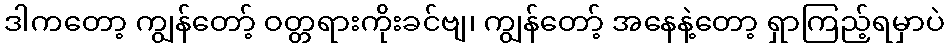
ဒါကတော့ ကျွန်တော့် ဝတ္တရားကိုးခင်ဗျ၊ ကျွန်တော့် အနေနဲ့တော့ ရှာကြည့်ရမှာပဲ